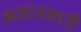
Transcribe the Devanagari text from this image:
अशांतकारी